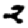
Digit: 2